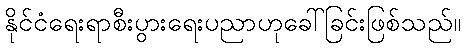
နိုင်ငံရေးရာစီးပွားရေးပညာဟုခေါ်ခြင်းဖြစ်သည်။